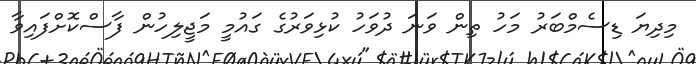
މިދިޔަ ޑިސެމްބަރު މަހު ތިން ވަނަ ދުވަހު ކުޅިވަރުގެ ގައުމީ މަޖީލިހުން ފާސްކޮށްފައިވާ